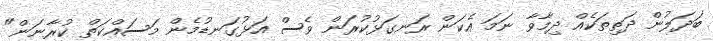
ބަދަލުން ދަތިތަކެއް ދިމާވާ ނަމަ އެކަން ރަނގަޅުކުރަން ވެސް އަޅުގަނޑުމެން މަސައްކަތް ކުރާނަން"